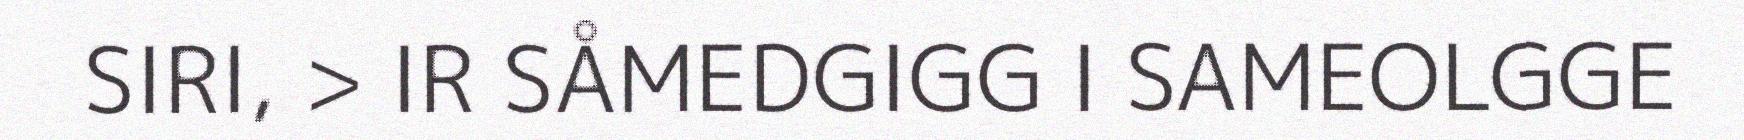
SIRI, > IR SÅMEDGIGG I SAMEOLGGE